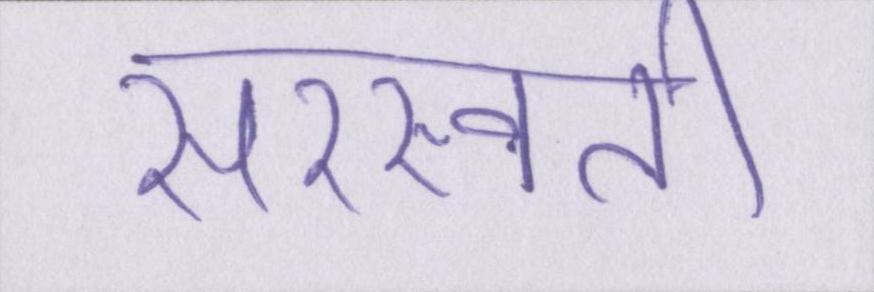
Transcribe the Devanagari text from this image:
सरस्वती